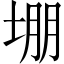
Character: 堋